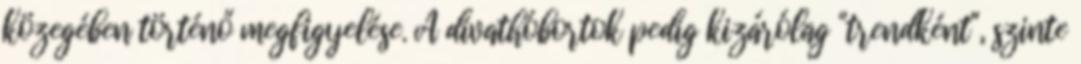
közegében történő megfigyelése. A divathóbortok pedig kizárólag "trendként", szinte